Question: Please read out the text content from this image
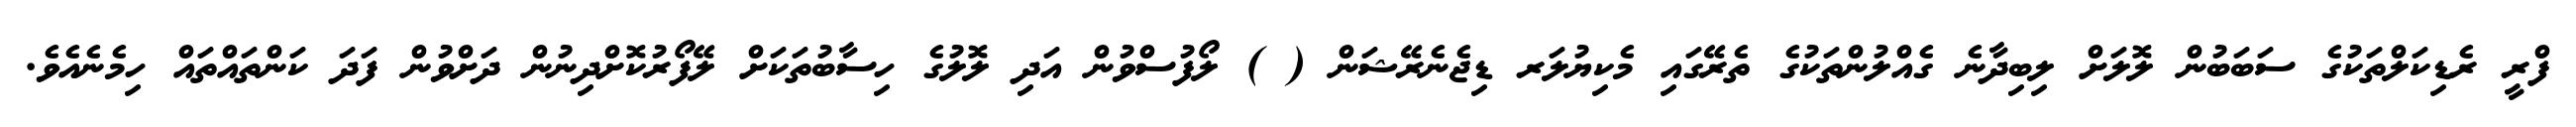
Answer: ފްރީ ރެޑިކަލްތަކުގެ ސަބަބުން ލޮލަށް ލިބިދާނެ ގެއްލުންތަކުގެ ތެރޭގައި މެކިޔުލަރ ޑިޖެނެރޭޝަން ( ) ލޯފުސްވުން އަދި ލޮލުގެ ހިސާބުތަކަށް ލޭފޯރުކޮށްދިނުން ދަށްވުން ފަދަ ކަންތައްތައް ހިމެނެއެވެ.